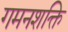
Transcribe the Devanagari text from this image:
गमनशक्ति